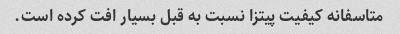
متاسفانه کیفیت پیتزا نسبت به قبل بسیار افت کرده است.